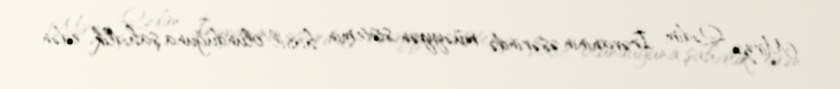
Mirzə Qədim İrəvaninin əsərində müəyyən sistemin hasil olunduğuna şahidlik edən